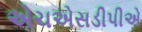
એચએસડીપીએ